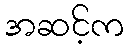
အဆင့်က